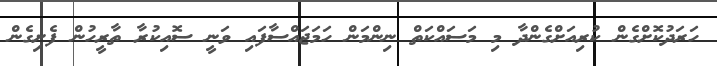
ހަރަދުކޮށްގެން ކުރިއަށްގެންދާ މި މަސައްކަތް ނިންމަން ހަމަޖައްސާފައި ވަނީ ސޮއިކުރާ ތާރީހުން ފެށިގެން